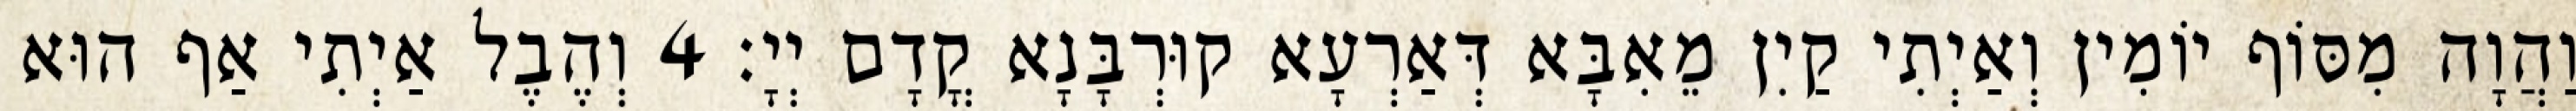
וַהֲוָה מִסּוֹף יוֹמִין וְאַיְתִי קַיִן מֵאִבָּא דְּאַרְעָא קוּרְבָּנָא קֳדָם יְיָ׃ 4 וְהֶבֶל אַיְתִי אַף הוּא